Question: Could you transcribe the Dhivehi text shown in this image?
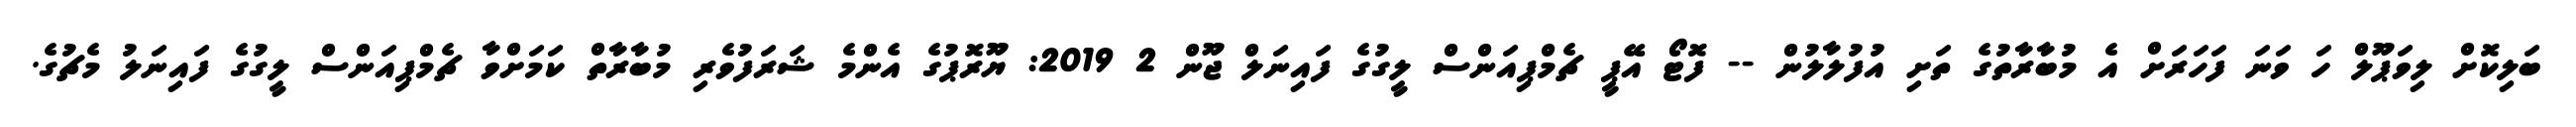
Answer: ބަލިކޮށް ލިވަޕޫލް ހަ ވަނަ ފަހަރަށް އެ މުބާރާތުގެ ތަށި އުފުލާލުން -- ފޮޓޯ އޭޕީ ޗެމްޕިއަންސް ލީގުގެ ފައިނަލް ޖޫން 2 2019: ޔޫރޮޕުގެ އެންމެ ޝަރަފުވެރި މުބާރާތް ކަމަށްވާ ޗެމްޕިއަންސް ލީގުގެ ފައިނަލު މެޗުގެ.